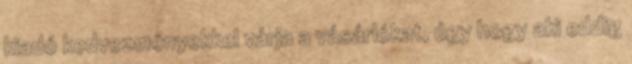
kiadó kedvezményekkel várja a vásárlókat, úgy hogy aki eddig